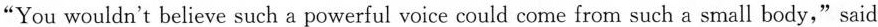
"You wouldn't believe such a powerful voice could come from such a small body,"said